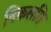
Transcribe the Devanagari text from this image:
निकलति